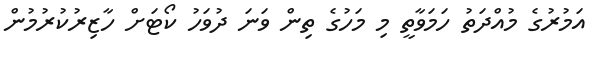
އަމުރުގެ މުއްދަތު ހަމަވާތީ މި މަހުގެ ތިން ވަނަ ދުވަހު ކޯޓަށް ހާޒިރުކުރުމުން